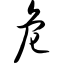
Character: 危